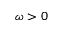
\omega > 0